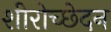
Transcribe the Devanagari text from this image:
शीरोच्छेदन